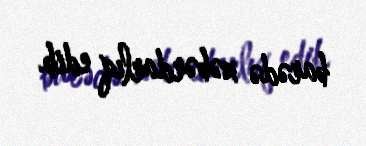
barədə xəbərdarlıq edib.